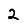
Digit: 2